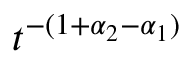
t ^ { - ( 1 + \alpha _ { 2 } - \alpha _ { 1 } ) }